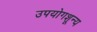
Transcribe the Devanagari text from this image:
उपयोगशून्य